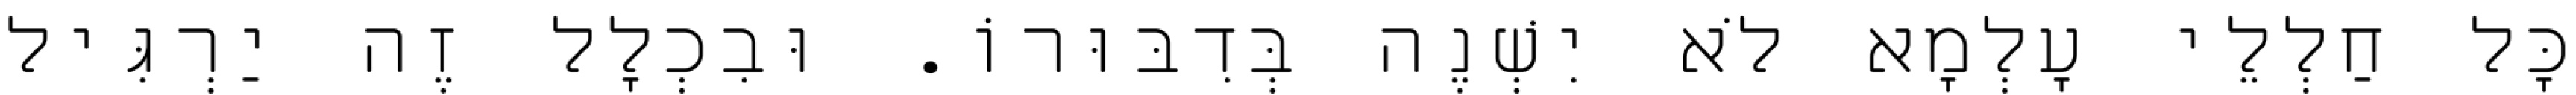
כׇּל חַלְלֵי עָלְמָא לֹא יִשְׁנֶה בְּדִבּוּרוֹ. וּבִכְלָל זֶה יַרְגִּיל